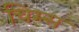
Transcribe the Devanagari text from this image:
चिम्स